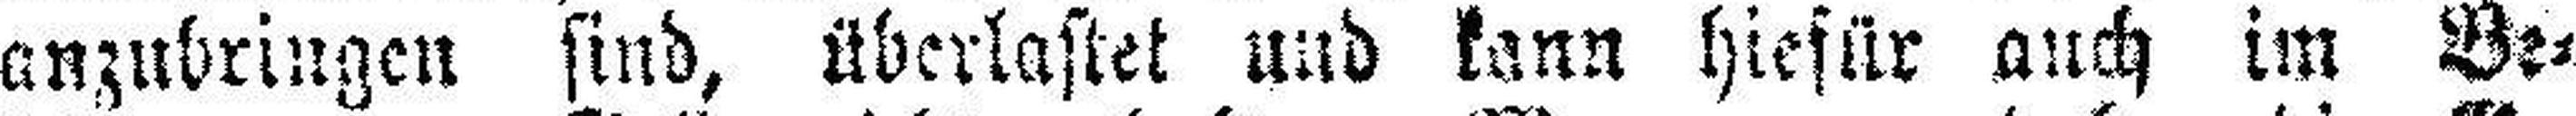
anzubringen sind, überlastet und kann hiefür auch im Be¬